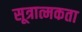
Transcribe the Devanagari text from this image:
सूत्रात्मकता